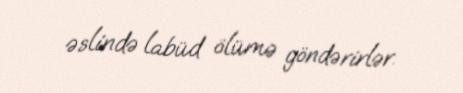
əslində labüd ölümə göndərirlər.